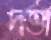
দত্তা